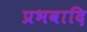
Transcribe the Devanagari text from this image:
प्रभवादि